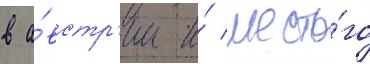
в а́встр'ии и́ шесто́го